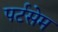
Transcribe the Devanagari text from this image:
पर्टसेम